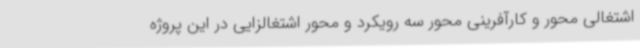
اشتغالی محور و کارآفرینی محور سه رویکرد و محور اشتغالزایی در این پروژه